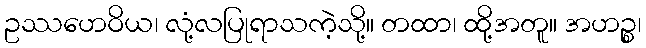
ဥဿဟေဝိယ၊ လုံ့လပြုရာသကဲ့သို့။ တထာ၊ ထို့အတူ။ အဟဉ္စ၊